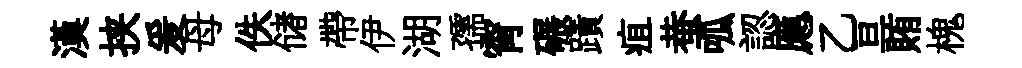
漢挟爰母佚储帶伊湖孺宵碾蹟疽蛬呱認應乙亘賄槐